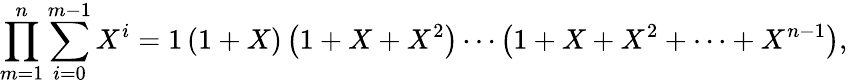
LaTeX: \prod_{m=1}^{n}\sum_{i=0}^{m-1}X^{i}=1\left(1+X\right)\left(1+X+X^{2}\right)\cdots\left(1+X+X^{2}+\cdots+X^{n-1}\right),